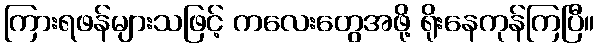
ကြားရဖန်များသဖြင့် ကလေးတွေအဖို့ ရိုးနေကုန်ကြပြီ။